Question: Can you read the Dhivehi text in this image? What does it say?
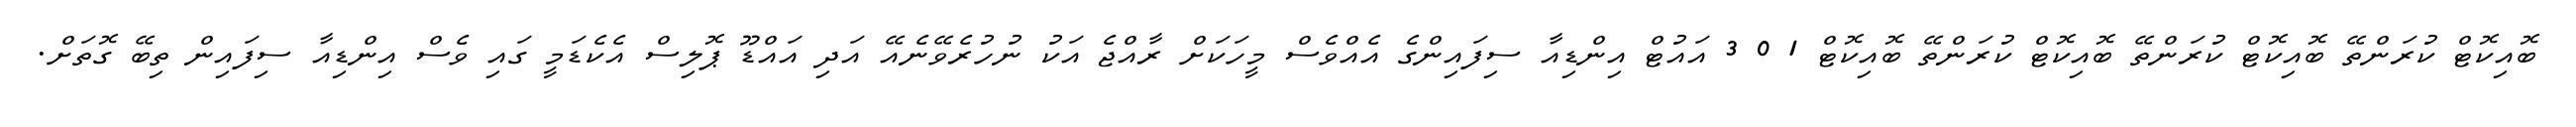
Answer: ބޮއިކޮޓް ކުރަންތޭ ބޮއިކޮޓް ކުރަންތޭ ބޮއިކޮޓް ކުރަންތޭ ބޮއިކޮޓް 1 0 3 އައުޓް އިންޑިއާ ސިފައިންގެ އެއްވެސް މީހަކަށް ރާއްޖެ އަކު ނުހުރެވޭނެއޭ އަދި އައްޑޫ ޕޮލިސް އެކެޑަމީ ގައި ވެސް އިންޑިއާ ސިފައިން ތިބޭ ގޮތަށް.